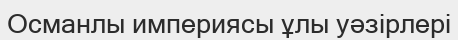
Османлы империясы ұлы уәзірлері